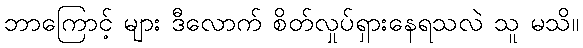
ဘာကြောင့် များ ဒီလောက် စိတ်လှုပ်ရှားနေရသလဲ သူ မသိ။